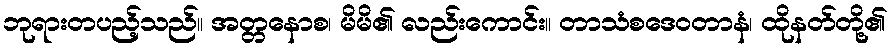
ဘုရားတပည့်သည်။ အတ္တနောစ၊ မိမိ၏ လည်းကောင်း။ တာသံစဒေဝတာနံ၊ ထိုနတ်တို့၏